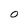
Character: O